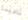
نادينا